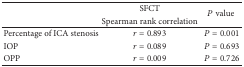
|  | SFCT | <ROWSPAN=2> P value |
 |  | Spearman rank correlation |
 | --- | --- | --- |
 | Percentage of ICA stenosis | r = 0.893 | P = 0.001 |
 | IOP | r = 0.089 | P = 0.693 |
 | OPP | r = 0.009 | P = 0.726 |